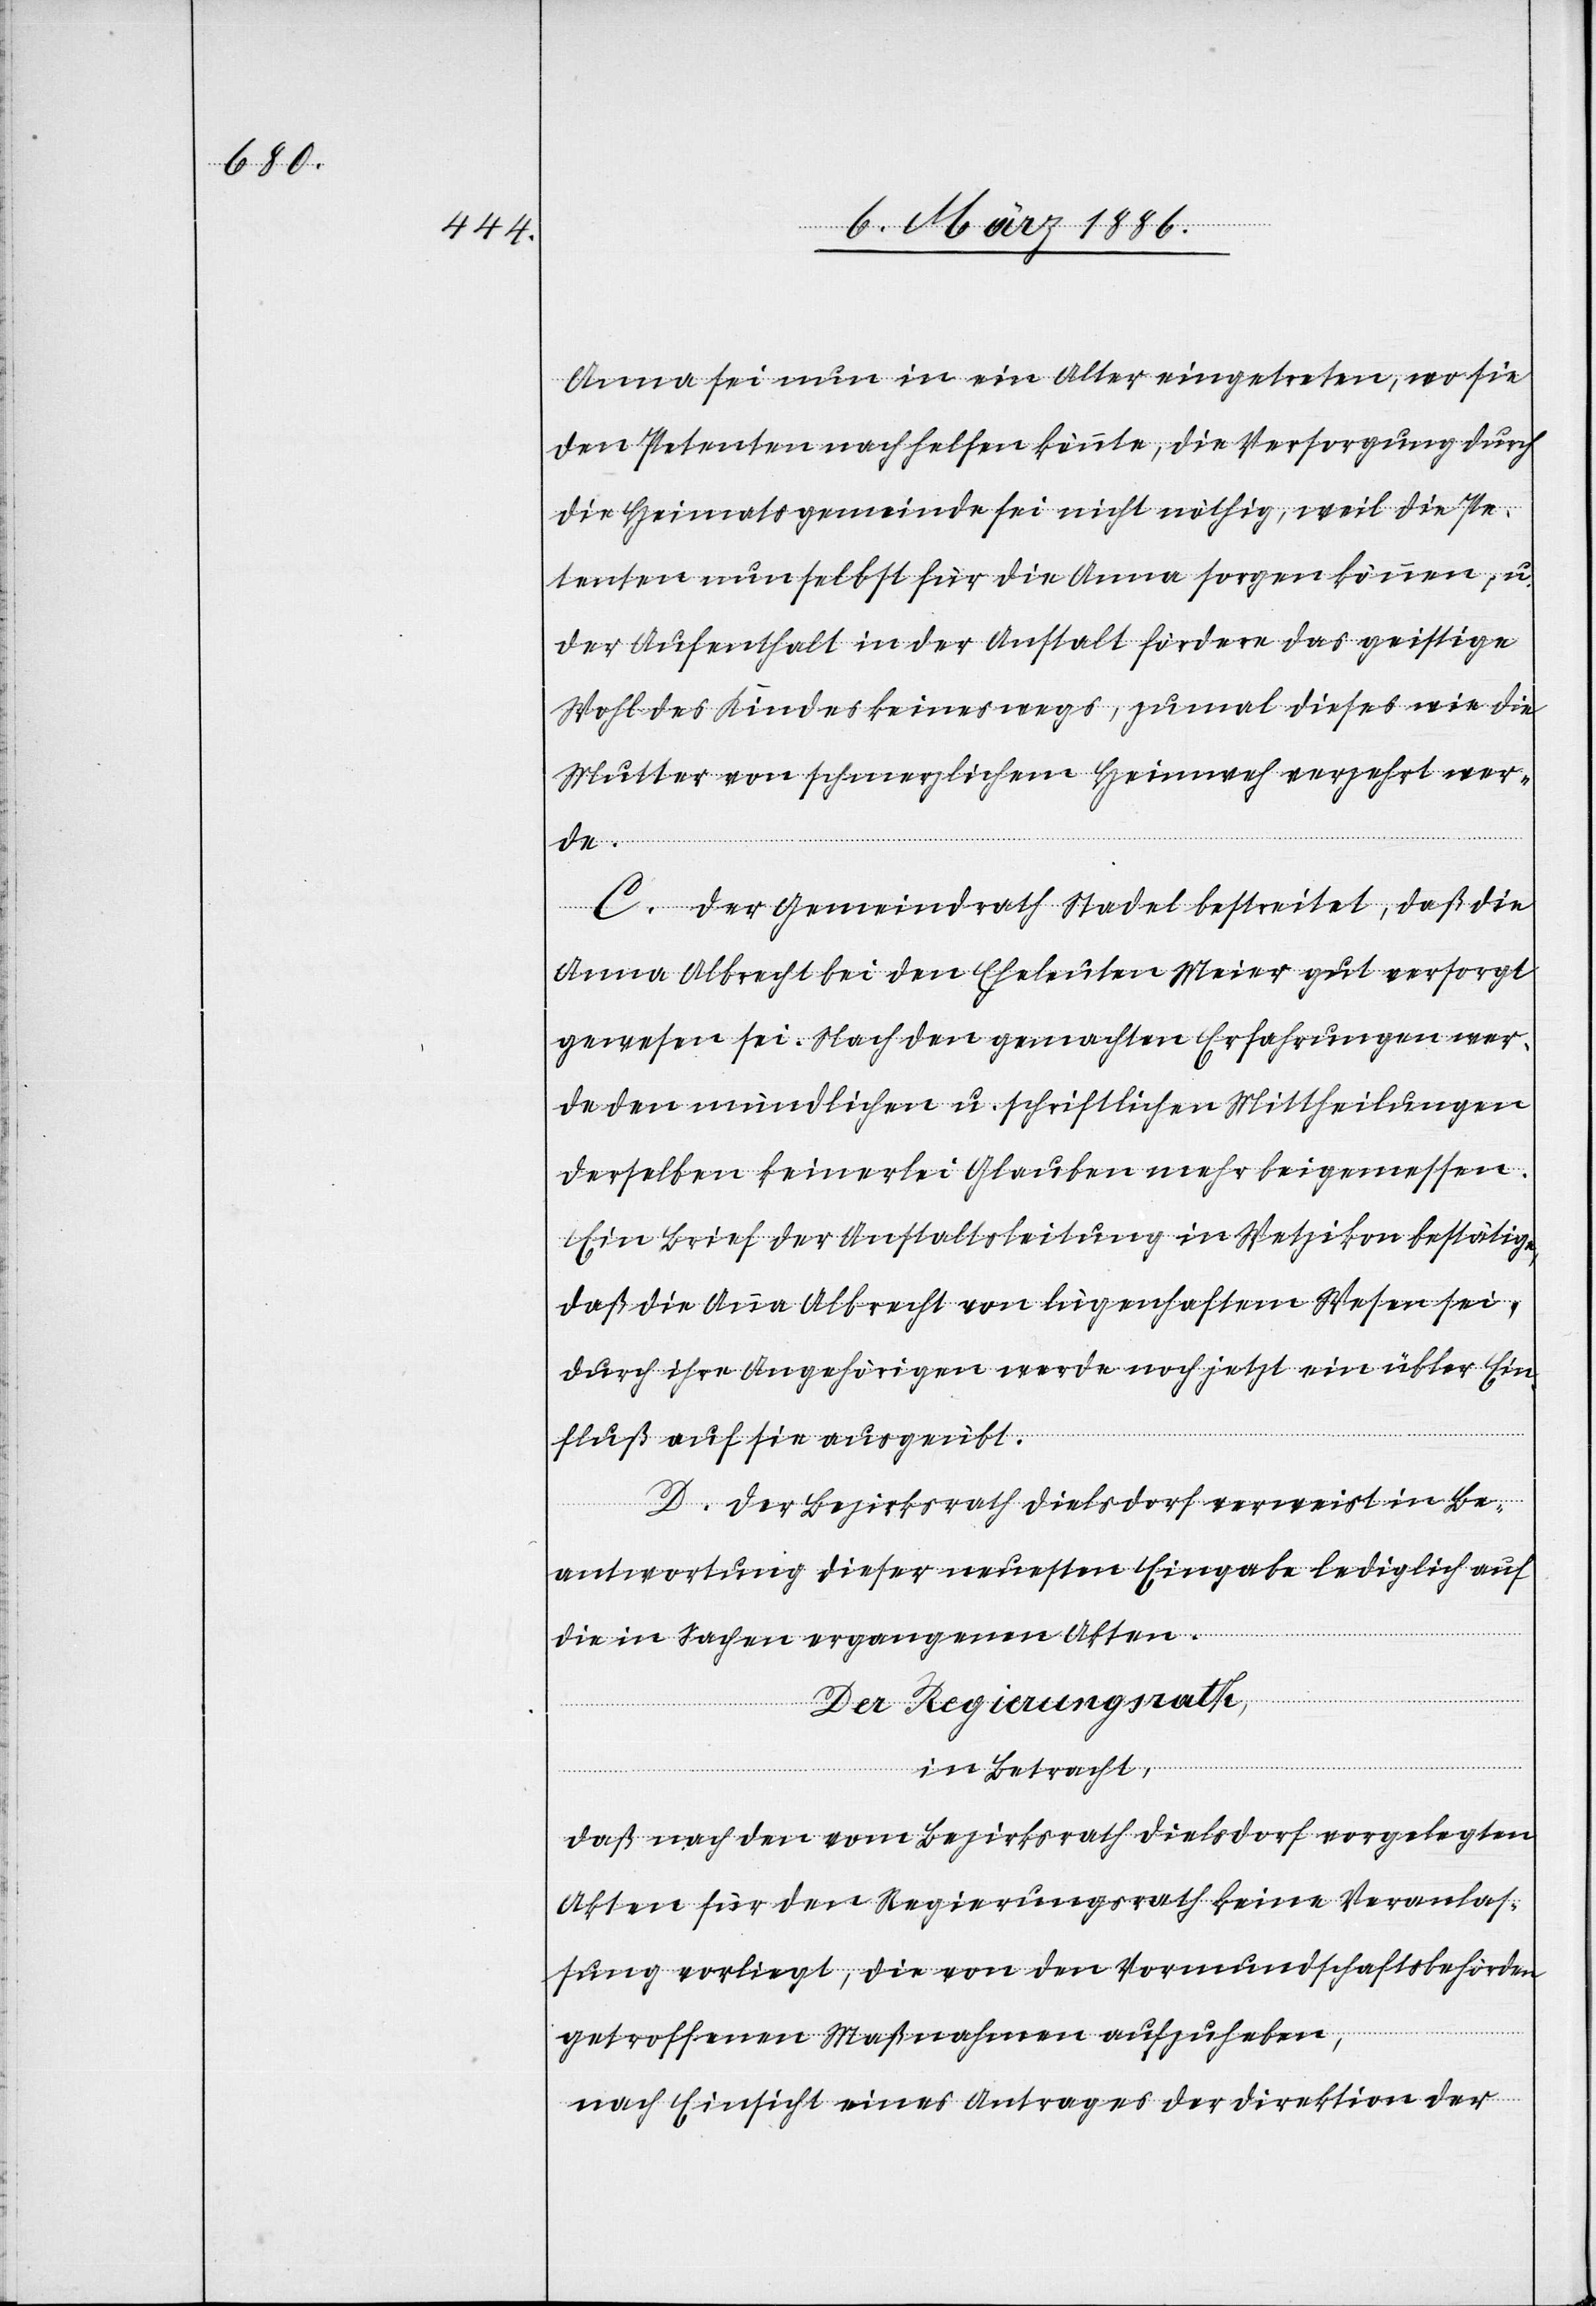
Anna sei nun in ein Alter eingetreten, wo sie
den Petenten nachhelfen könnte, die Versorgung durch
die Heimatsgemeinde sei nicht nöthig, weil die Pe¬
tenten nun selbst für die Anna sorgen können, u.
der Aufenthalt in der Anstalt fördern das geistige
Wohl des Kindes keineswegs, zumal dieses wie die
Mutter von schmerzlichem Heimweh verzehrt wer¬
de.
C. Der Gemeindrath Stadel bestreitet, daß die
Anna Albrecht bei den Eheleuten Meier gut versorgt
gewesen sei. Nach den gemachten Erfahrungen wer¬
de den mündlichen u. schriftlichen Mittheilungen
derselben keinerlei Glauben mehr beigemessen.
Ein Brief der Anstaltsleitung in Wetzikon bestätigt,
daß die Anna Albrecht von lügenhaftem Wesen sei,
durch ihre Angehörigen werde noch jetzt ein übler Ein¬
fluß auf sie ausgeübt.
D. Der Bezirksrath Dielsdorf verweist in Be¬
antwortung dieser neuesten Eingabe lediglich auf
die in Sachen ergangenen Akten.
Der Regierungsrath,
in Betracht,
daß nach den vom Bezirksrath Dielsdorf vorgelegten
Akten für den Regierungsrath keine Veranlas¬
sung vorliegt, die von den Vormundschaftsbehörden
getroffenen Maßnahmen aufzuheben,
nach Einsicht eines Antrages der Direktion der